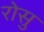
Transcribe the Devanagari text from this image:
रोसु